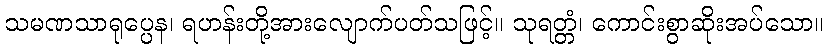
သမဏသာရုပ္ပေန၊ ရဟန်းတို့အားလျောက်ပတ်သဖြင့်။ သုရတ္တံ၊ ကောင်းစွာဆိုးအပ်သော။